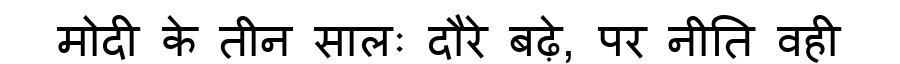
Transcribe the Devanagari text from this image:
मोदी के तीन सालः दौरे बढ़े, पर नीति वही